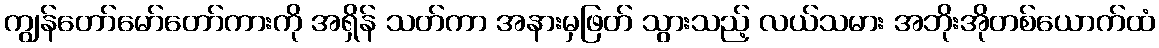
ကျွန်တော်မော်တော်ကားကို အရှိန် သတ်ကာ အနားမှဖြတ် သွားသည့် လယ်သမား အဘိုးအိုတစ်ယောက်ထံ